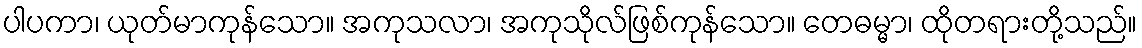
ပါပကာ၊ ယုတ်မာကုန်သော။ အကုသလာ၊ အကုသိုလ်ဖြစ်ကုန်သော။ တေဓမ္မာ၊ ထိုတရားတို့သည်။